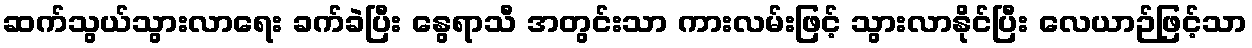
ဆက်သွယ်သွားလာရေး ခက်ခဲပြီး နွေရာသီ အတွင်းသာ ကားလမ်းဖြင့် သွားလာနိုင်ပြီး လေယာဉ်ဖြင့်သာ